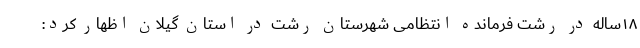
۱۸ساله در رشت فرمانده انتظامی شهرستان رشت در استان گیلان اظهار کرد: